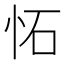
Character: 𫹺